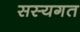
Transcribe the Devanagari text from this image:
सस्यगत